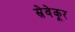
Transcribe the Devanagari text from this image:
स्रेवेकूर